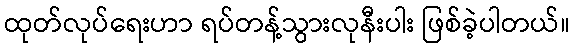
ထုတ်လုပ်ရေးဟာ ရပ်တန့်သွားလုနီးပါး ဖြစ်ခဲ့ပါတယ်။